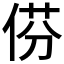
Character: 𠊠